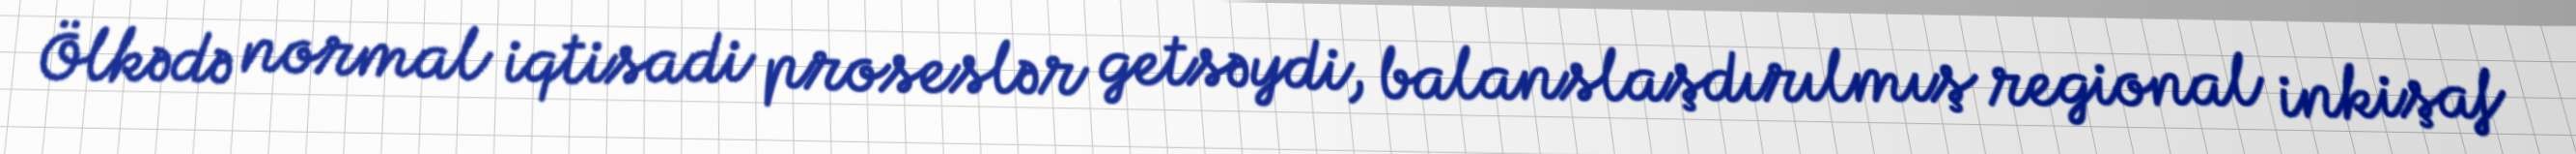
Ölkədə normal iqtisadi proseslər getsəydi, balanslaşdırılmış regional inkişaf